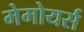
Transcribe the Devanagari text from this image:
मेमोयर्स